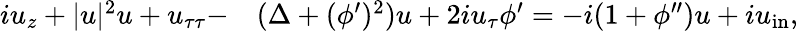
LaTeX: \begin{array}{rl}{iu_{z}+|u|^{2}u+u_{\tau\tau}-}&{{}(\Delta+(\phi^{\prime})^{2})u+2iu_{\tau}\phi^{\prime}=-i(1+\phi^{\prime\prime})u+iu_{\mathrm{in}},}\end{array}